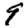
Digit: 9